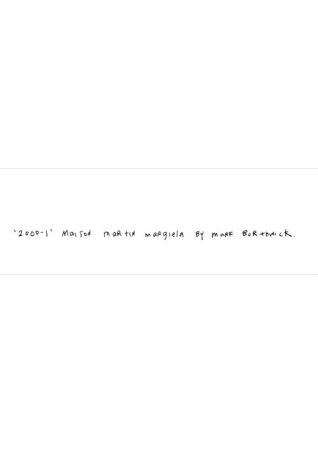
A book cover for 2000-1: MAISON MARTIN MARGIELA BY MARK BORTHWICK; Maison Martin Margiela; Arts & Photography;